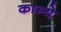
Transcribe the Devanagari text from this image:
काम्ये